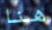
هنا